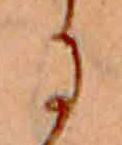
に